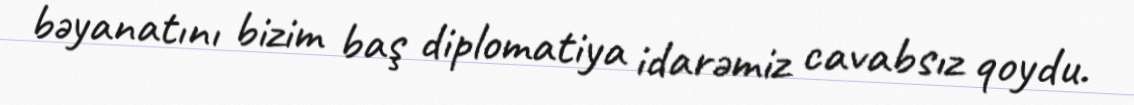
bəyanatını bizim baş diplomatiya idarəmiz cavabsız qoydu.